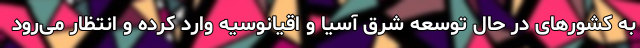
به کشورهای در حال توسعه شرق آسیا و اقیانوسیه وارد کرده و انتظار می‌رود